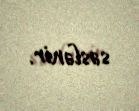
səslənir.